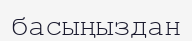
басыңыздан